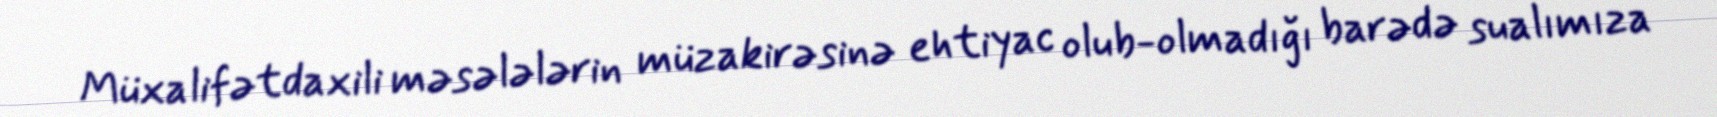
Müxalifətdaxili məsələlərin müzakirəsinə ehtiyac olub-olmadığı barədə sualımıza